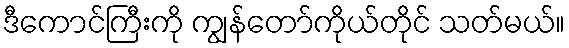
ဒီကောင်ကြီးကို ကျွန်တော်ကိုယ်တိုင် သတ်မယ်။